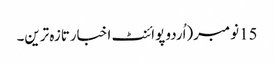
15نومبر(اُردو پوائنٹ اخبارتازہ ترین۔